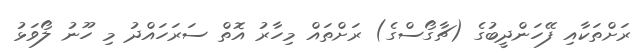
ރަށްތަކާއި ފޭހަންދީބުގެ (ޗާގޯސްގެ) ރަށްތައް މިހާރު އޮތް ސަރަހައްދު މި ހޫނު ލޯވަޅު